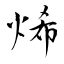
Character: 烯